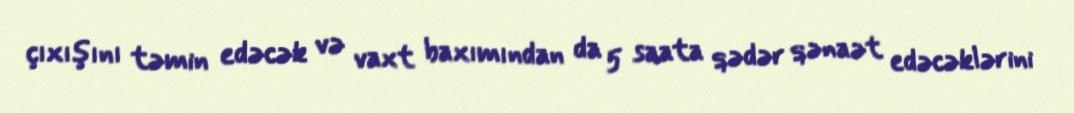
çıxışını təmin edəcək və vaxt baxımından da 5 saata qədər qənaət edəcəklərini